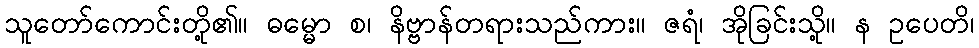
သူတော်ကောင်းတို့၏။ ဓမ္မော စ၊ နိဗ္ဗာန်တရားသည်ကား။ ဇရံ၊ အိုခြင်းသို့။ န ဥပေတိ၊